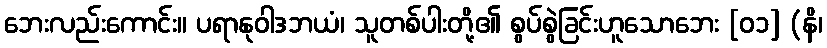
ဘေးလည်းကောင်း။ ပရာနုဝါဒဘယံ၊ သူတစ်ပါးတို့၏ စွပ်စွဲခြင်းဟူသောဘေး [၀၁] (နိ၊